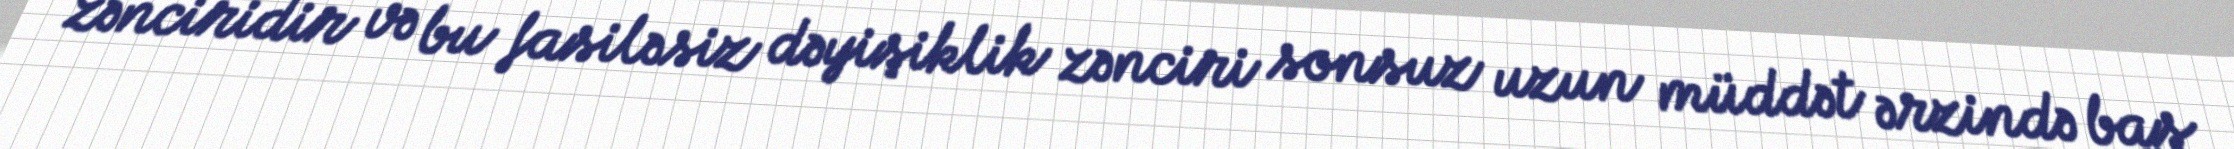
zənciridir və bu fasiləsiz dəyişiklik zənciri sonsuz uzun müddət ərzində baş